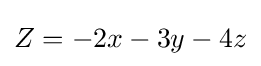
Z=-2x-3y-4z